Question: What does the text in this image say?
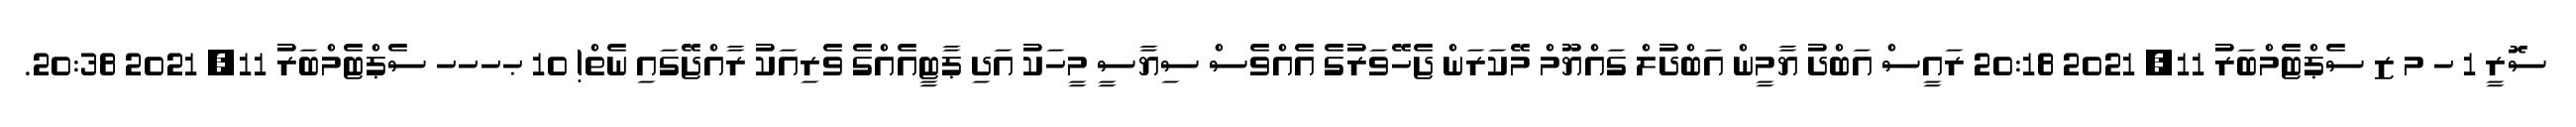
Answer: ސޮރީ 1 ހ މ ޒ ސެޕްޓެމްބަރު 11, 2021 20:18 ރައީސް އަބްދު ޔާމީން އަބްދުލް ގައްޔޫމް މޭކަރަން ޖެހޭވަރުގެ އެއްވެސް ސިޔާސީ މީހަކު އަދި ޕާޓީއެއްގެ ވެރިއަކު ރާއްޖޭގައި ނެތް! 10 ޙހހހ ސެޕްޓެމްބަރު 11, 2021 20:38.